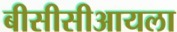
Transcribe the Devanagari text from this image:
बीसीसीआयला